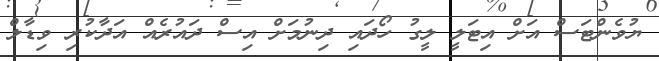
ޔުވެންޓަސް އަށް އިޓަލީ ލީގު ހޯދައި ދިނުމަށް އިސް ދައުރެއް އަދާކުރި ވިޑާލް